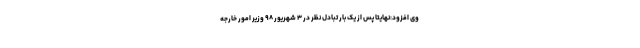
وی افزود:نهایتا پس از یک بار تبادل نظر در ۳ شهریور ۹۸ وزیر امور خارجه